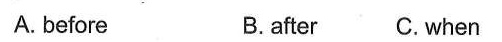
A. before B.after C.when